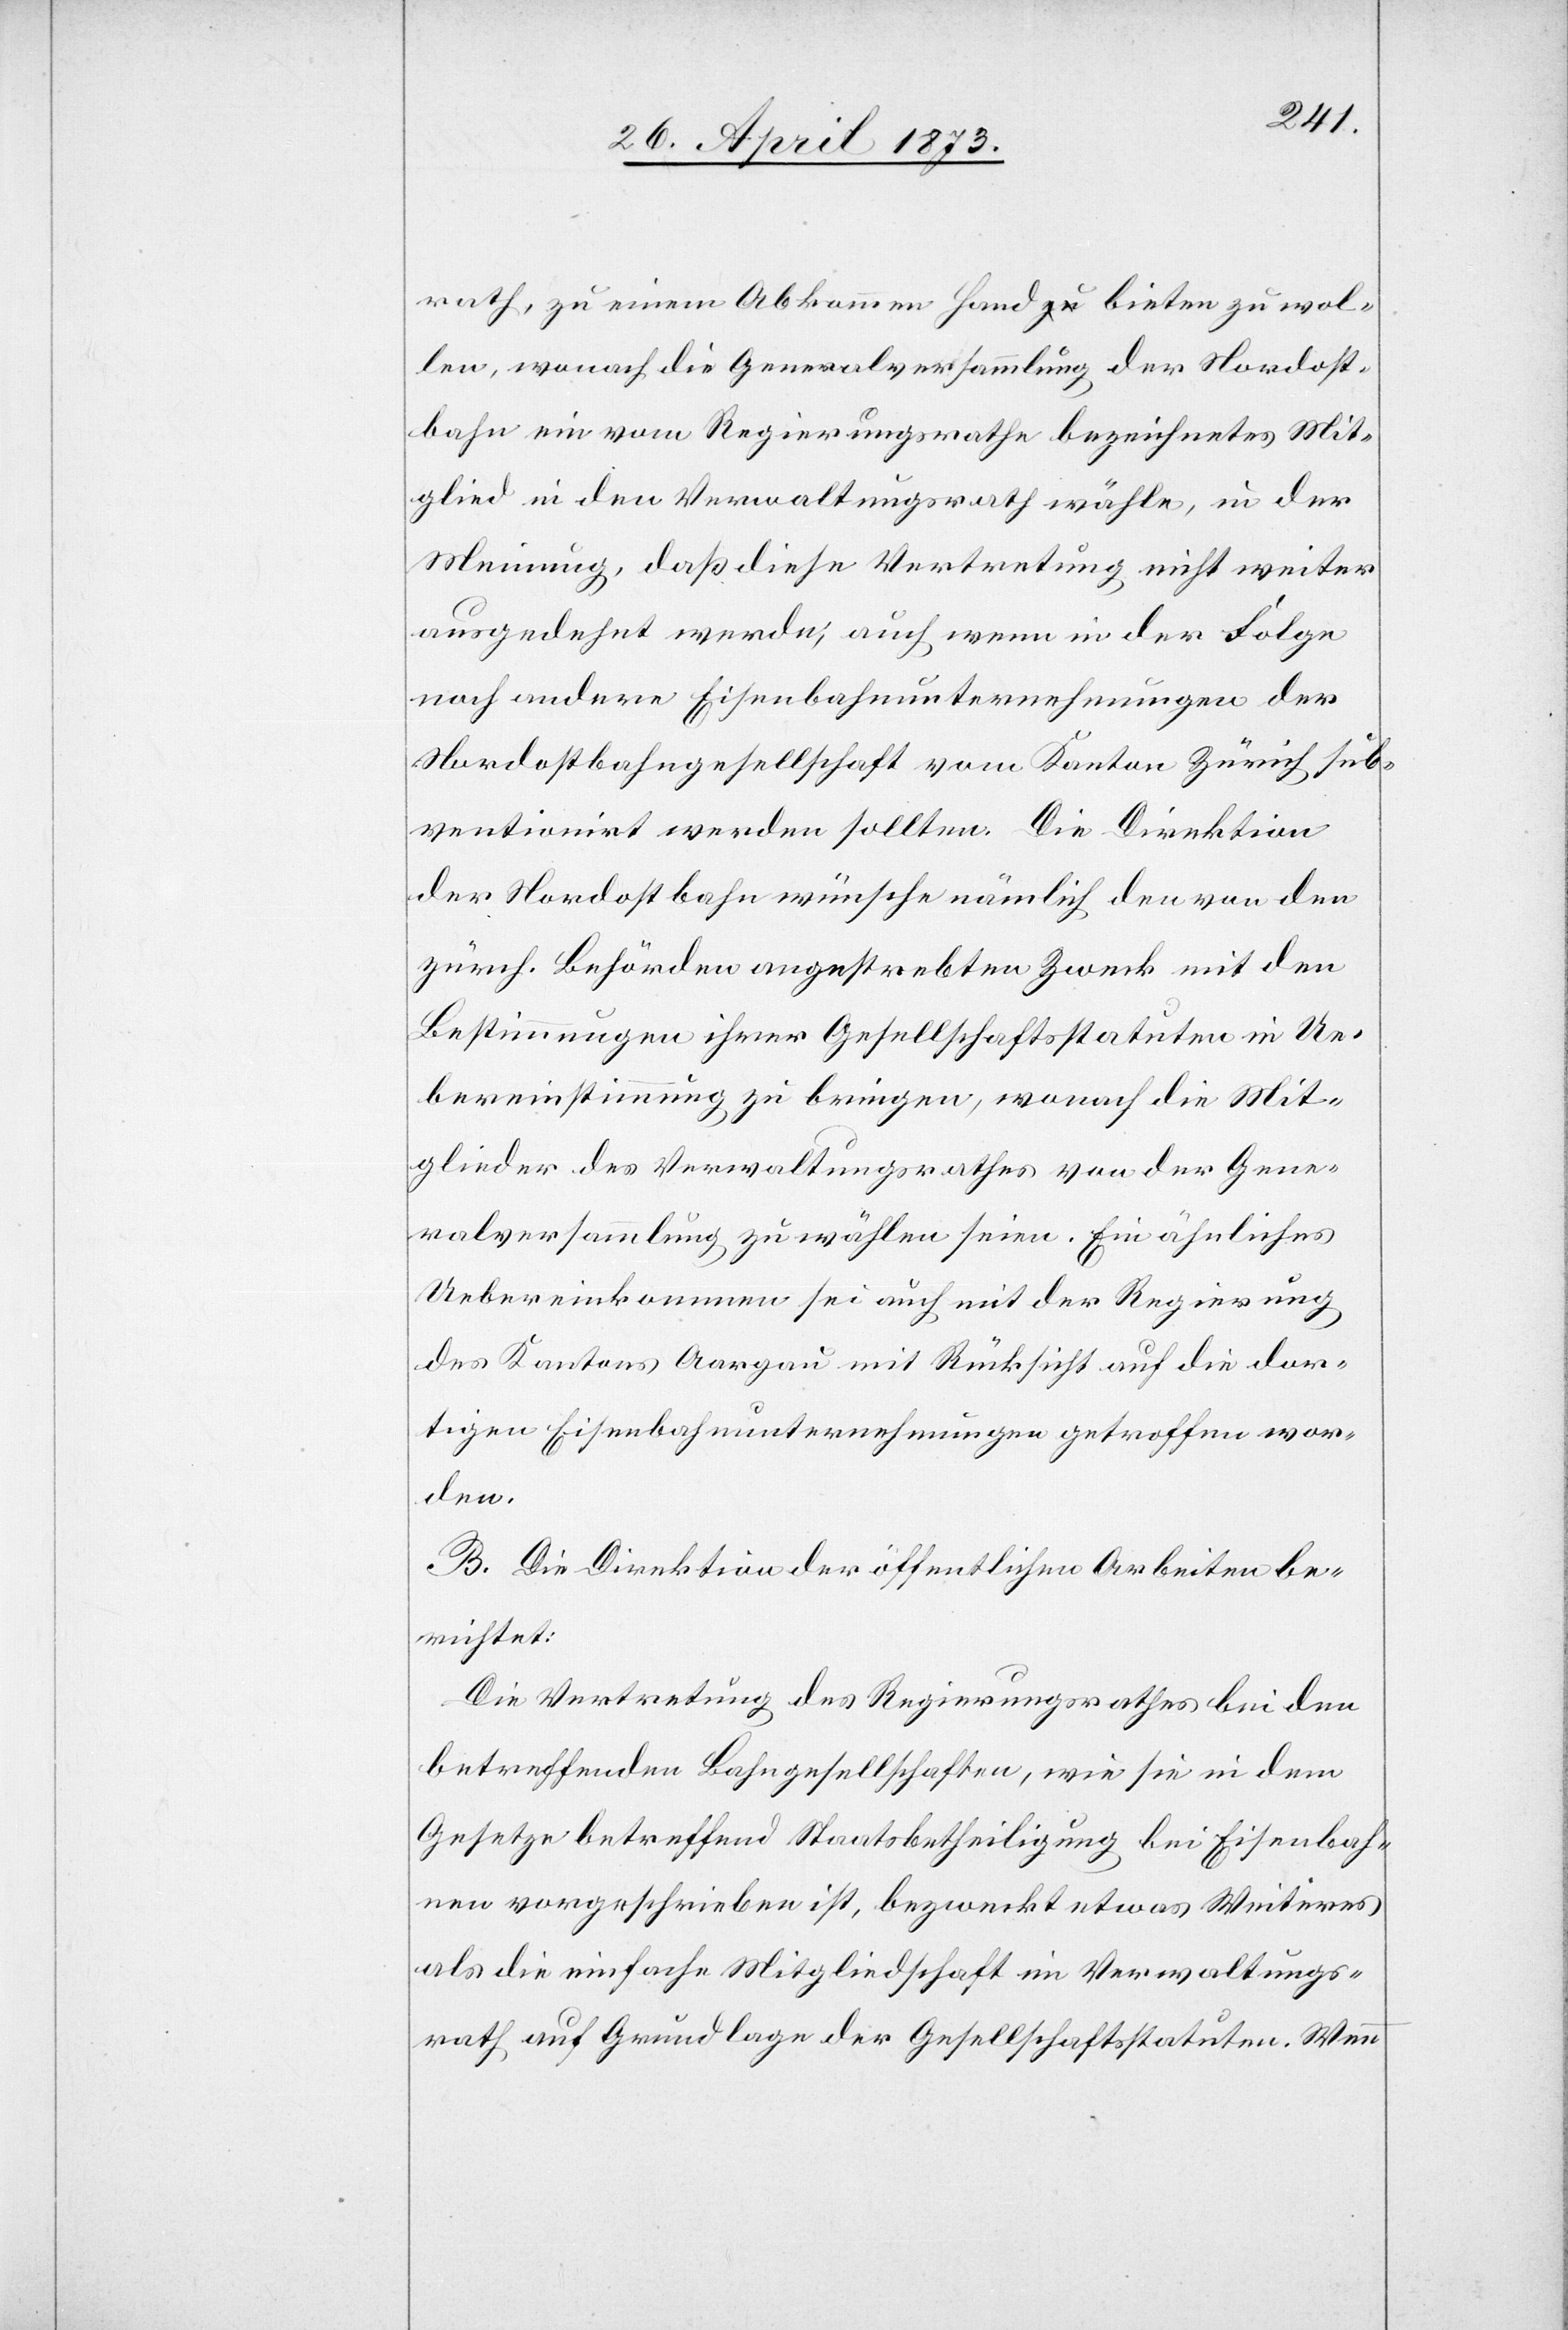
rath, zu einem Abkommen Hand bieten zu wol¬
len, wonach die Generalversammlung der Nordost¬
bahn ein vom Regierungsrathe bezeichnetes Mit¬
glied in den Verwaltungsrath wähle, in der
Meinung, daß diese Vertretung nicht weiter
ausgedehnt werde, auch wenn in der Folge
noch andere Eisenbahnunternehmungen der
Nordostbahngesellschaft vom Kanton Zürich sub¬
ventionirt werden sollten. Die Direktion
der Nordostbahn wünsche nämlich den von den
zürch. Behörden angestrebten Zweck mit den
Bestimmungen ihrer Gesellschaftsstatuten in Ue¬
bereinstimmung zu bringen, wonach die Mit¬
glieder des Verwaltungsrathes von der Gene¬
ralversammlung zu wählen seien. Ein ähnliches
Uebereinkommen sei auch mit der Regierung
des Kantons Aargau mit Rücksicht auf die dor¬
tigen Eisenbahnunternehmungen getroffen wor¬
den.
B. Die Direktion der öffentlichen Arbeiten be¬
richtet:
Die Vertretung des Regierungsrathes bei den
betreffenden Bahngesellschaften, wie sie in dem
Gesetze betreffend Staatsbetheiligung bei Eisenbah¬
nen vorgeschrieben ist, bezweckt etwas Weiteres
als die einfache Mitgliedschaft im Verwaltungs¬
rath auf Grundlage der Gesellschaftsstatuten. Wenn